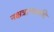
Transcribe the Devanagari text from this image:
नक्षत्राणामधि